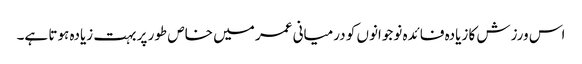
اس ورزش کا زیادہ فائدہ نوجوانوں کو درمیانی عمر میں خاص طور پر بہت زیادہ ہوتا ہے۔